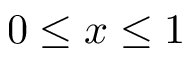
0 \leq x \leq 1